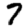
Digit: 7